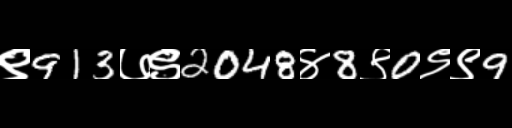
Text: ९913७९2048४8९0९९9